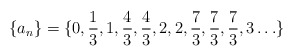
\begin{align*}\{a_n\}=\{0,\frac 13,1,\frac 43,\frac 43,2,2,\frac 73,\frac 73,\frac73,3\ldots\}\end{align*}